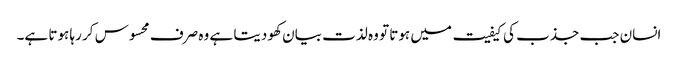
انسان جب جذب کی کیفیت میں ہوتا تو وہ لذت بیان کھو دیتا ہے وہ صرف محسوس کر رہا ہوتا ہے۔